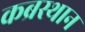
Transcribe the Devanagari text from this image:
कब्रस्थान